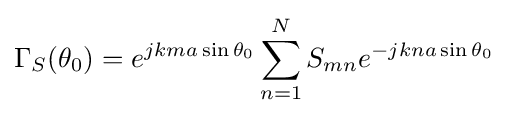
\Gamma _{S}(\theta _{0})=e^{jkma\sin \theta _{0}}\sum _{n=1}^{N}S_{mn}e^{-jkna\sin \theta _{0}}